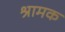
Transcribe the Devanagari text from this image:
श्रामक